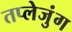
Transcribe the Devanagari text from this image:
तप्लेजुंग